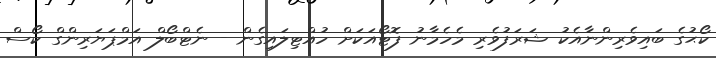
ކޯޙުގެ ބައިވެރިންނާއެކު ޝަރަފުވެރި މެހެމާނު ފޮޓޯއަކަށް ހުއްޓިލައިގެން - ނެޓްބޯލް އަމްޕަޔަރިންގް ކޯސް